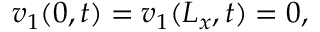
v _ { 1 } ( 0 , t ) = v _ { 1 } ( L _ { x } , t ) = 0 ,